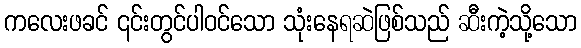
ကလေးဖခင် ၎င်းတွင်ပါဝင်သော သုံးနေရဆဲဖြစ်သည် ဆီးကဲ့သို့သော